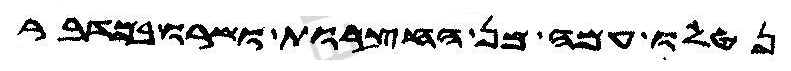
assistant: נטלו עמה מן החצרות ושרו בקפר